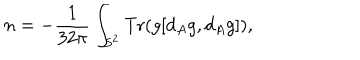
n = - \frac { 1 } { 3 2 \pi } \int _ { S ^ { 2 } } \mathrm { T r } ( g [ d _ { A } g , d _ { A } g ] ) ,